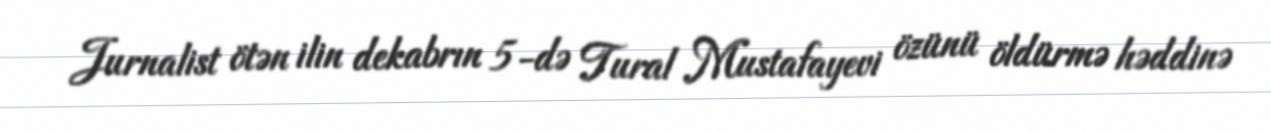
Jurnalist ötən ilin dekabrın 5-də Tural Mustafayevi özünü öldürmə həddinə